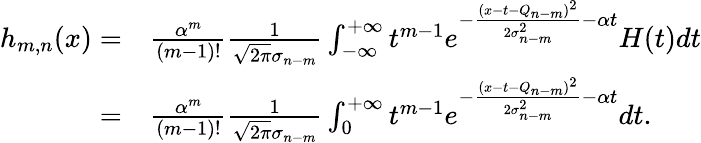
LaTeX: \begin{array}{rl}{h_{m,n}(x)=}&{{}\frac{\alpha^{m}}{(m-1)!}\frac{1}{\sqrt{2\pi}\sigma_{n-m}}\int_{-\infty}^{+\infty}t^{m-1}e^{-\frac{(x-t-Q_{n-m})^{2}}{2\sigma_{n-m}^{2}}-\alpha t}H(t)dt}\\ {=}&{{}\frac{\alpha^{m}}{(m-1)!}\frac{1}{\sqrt{2\pi}\sigma_{n-m}}\int_{0}^{+\infty}t^{m-1}e^{-\frac{(x-t-Q_{n-m})^{2}}{2\sigma_{n-m}^{2}}-\alpha t}dt.}\end{array}